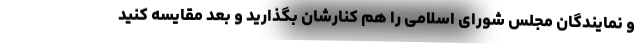
و نمایندگان مجلس شورای اسلامی را هم کنارشان بگذارید و بعد مقایسه کنید